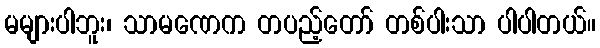
မများပါဘူး၊ သာမဏေက တပည့်တော် တစ်ပါးသာ ပါပါတယ်။